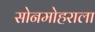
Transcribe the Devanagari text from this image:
सोनमोहराला